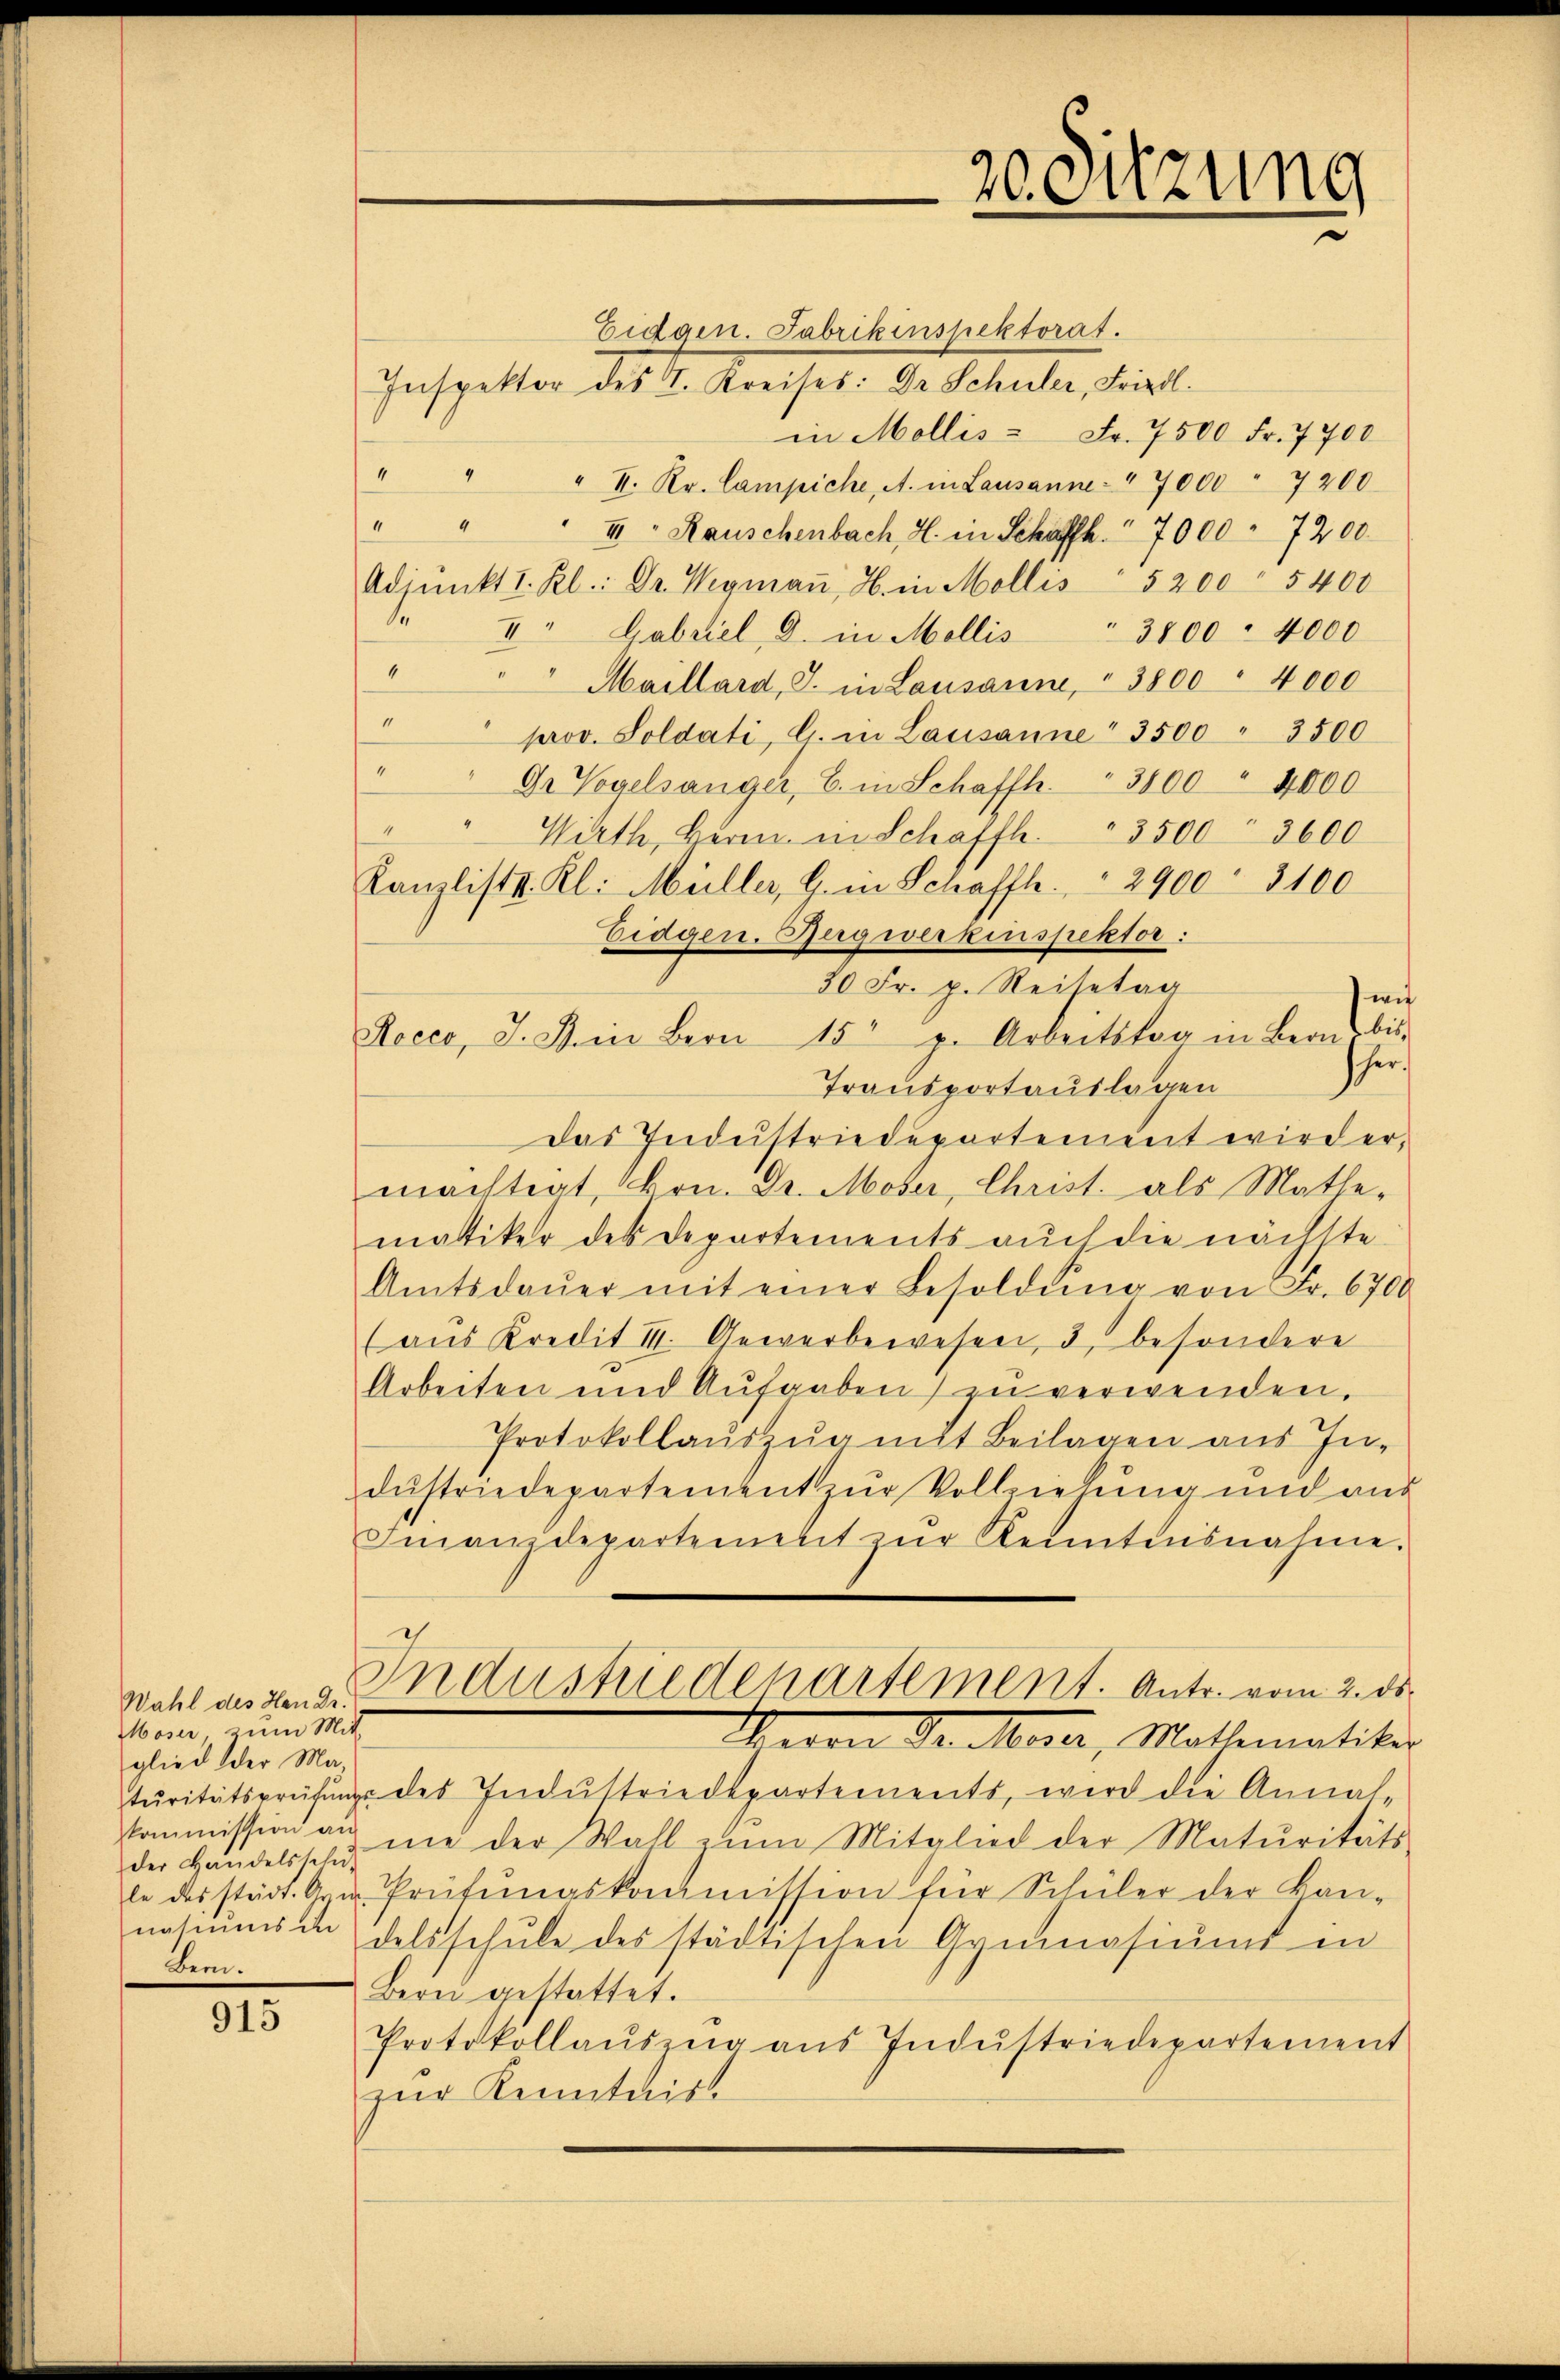
Wahl des Hen Dr.
Moser, zum Mit-
glied der Makommission an
der Handelsschu¬
Bern.

915

Eidgen. Fabrikinspektorat.
Inspektor des I. Kreises: Dr. Schuler, Friedl.
in Mollis - Fr. 7500 Fr. 7700
e
" I. Kr. Campiche, A. in Lausanne: " 7000 " 7200
de
III: Rauschenbach, H. in Schaffh. 7000 - 7200
Adjunkt I. Kl.: Dr. Wegmaṅ, H. in Mollis 5200 " 5400
 V. Gabriel, G. in Mollis
3800 - 4000
.
" Maillard, J. in Lausann, " 3800 " 4000
e
prov. Soldati, G. in Lausanne" 3500 " 3500
4
Dr Vogelsanger, B. in Schaffh. 3800 " 4000
4
Wirth, Bern in Schafft. 3500 3600
Kanzlist. Kl. Müller, G. in Schafft. 2900 - 3100
Eidgen. Rugwerkespektor.
30 Fr. p. Reisetag
wie
Rocco, J. B. in Bern 15 p. Arbeitstag in Bern bis-
her,
Transportauslagen
das Industriedepartement wird er,
machtigt, Hrn. Dr. Moser, Christ. als Mathe-
matiker des Departements auch die nächste
Amtsdaŭer mit einer Besoldŭng von Fr. 6700
(aŭs Kredit II. Gewerbewesen, 3, besondere
Arbeiten und Aufgaben zu verwenden,
Protokollaŭszŭg mit Beilagen aus In-
dustriedepartement zur Vollziehung und aus
Finanzdepartement zŭr Kenntnisnahme.
Industriedenartement. Antr. vom 2. ds.
Herrn Dr Meier, Mathematiti
tŭritätsprüfŭng des Indŭstriedepartements, wird die Annal-
ne der Wall zŭm Mitglied der Maturitäts-
le des städt. Arn. Prüfŭngskommission für Schüler der kan-
natiŭms andelsschŭle des städtischen Gymnasiums in
Bern gestattet.
Protokollaŭszŭg aŭs Indŭstriedepartement
zur Kenntnis

20. Sitzung
e